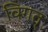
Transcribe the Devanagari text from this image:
विगत्